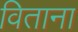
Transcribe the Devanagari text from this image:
विताना